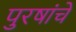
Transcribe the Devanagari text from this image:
पुरषांचे